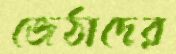
জেঠাদের